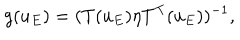
g ( u _ { E } ) = ( T ( u _ { E } ) \eta T ^ { \mathrm { T } } ( u _ { E } ) ) ^ { - 1 } ,